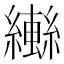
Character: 𬘄